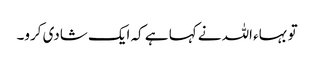
تو بہاء اللہ نے کہا ہے کہ ایک شادی کرو۔